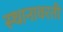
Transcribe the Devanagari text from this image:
स्थानावरती